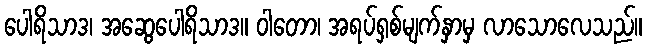
ပေါရိသာဒ၊ အဆွေပေါရိသာဒ။ ဝါတော၊ အရပ်ရှစ်မျက်နှာမှ လာသောလေသည်။